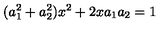
( a _ { 1 } ^ { 2 } + a _ { 2 } ^ { 2 } ) x ^ { 2 } + 2 x a _ { 1 } a _ { 2 } = 1